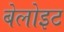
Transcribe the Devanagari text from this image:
बेलोइट